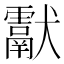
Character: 𤣉